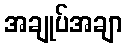
အချုပ်အချာ